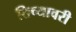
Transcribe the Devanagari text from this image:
तिच्यावरी